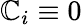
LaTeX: \mathbb{C}_{i}\equiv0